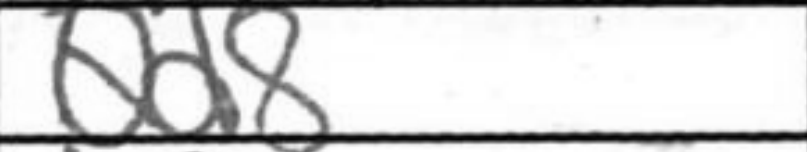
Transcription: Qd8